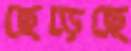
ছেড়েছে